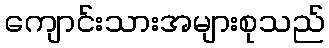
ကျောင်းသားအများစုသည်